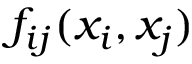
f _ { i j } ( x _ { i } , x _ { j } )